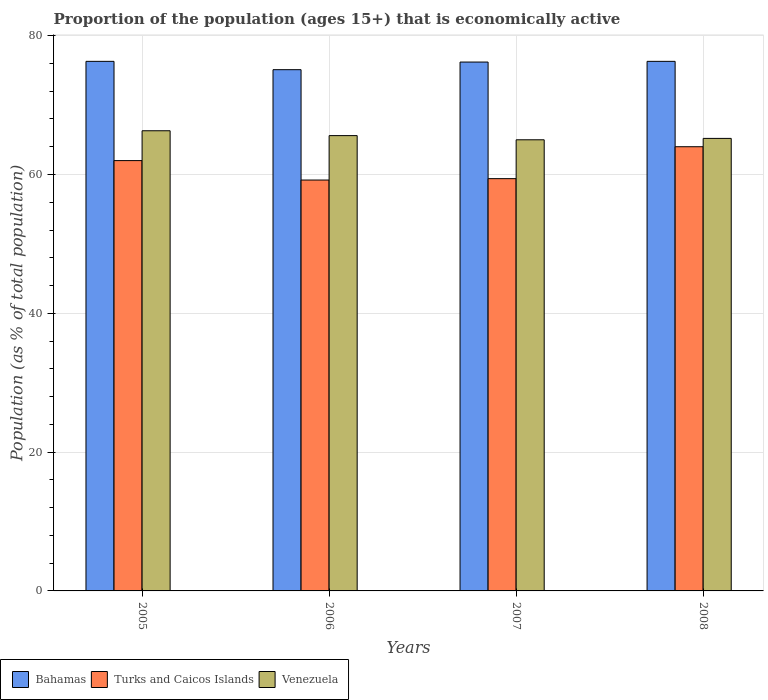
| Years | Bahamas | Turks and Caicos Islands | Venezuela |
 | --- | --- | --- | --- |
 | 2005 | 76.3 | 62 | 66.3 |
 | 2006 | 75.1 | 59.2 | 65.6 |
 | 2007 | 76.2 | 59.4 | 65 |
 | 2008 | 76.3 | 64 | 65.2 |